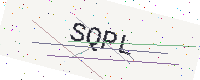
Text: SQPL